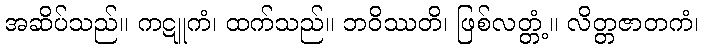
အဆိပ်သည်။ ကဋူကံ၊ ထက်သည်။ ဘဝိဿတိ၊ ဖြစ်လတ္တံ့။ လိတ္တဇာတကံ၊